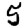
Digit: 5